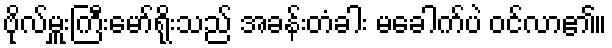
ဗိုလ်မှူးကြီးမော်ရိုးသည် အခန်းတံခါး မခေါက်ပဲ ဝင်လာ၏။